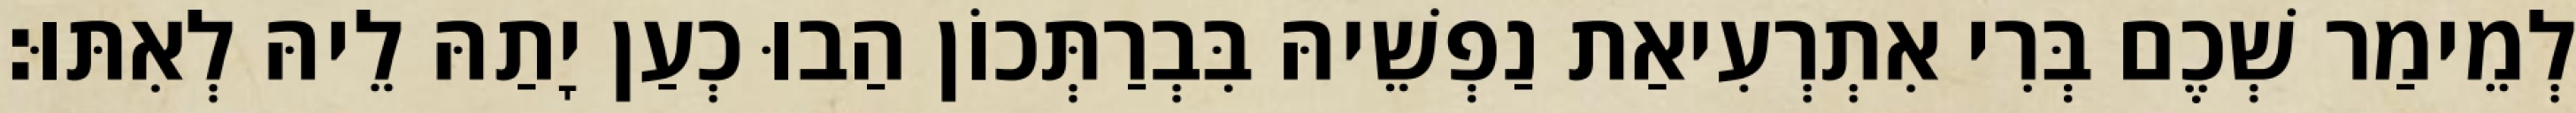
לְמֵימַר שְׁכֶם בְּרִי אִתְרְעִיאַת נַפְשֵׁיהּ בִּבְרַתְּכוֹן הַבוּ כְעַן יָתַהּ לֵיהּ לְאִתּוּ׃